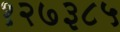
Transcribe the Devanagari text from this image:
१२७३८५